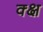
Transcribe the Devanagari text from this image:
क्क्ष